Report on the Nagpur School of Medicine, Central Provinces
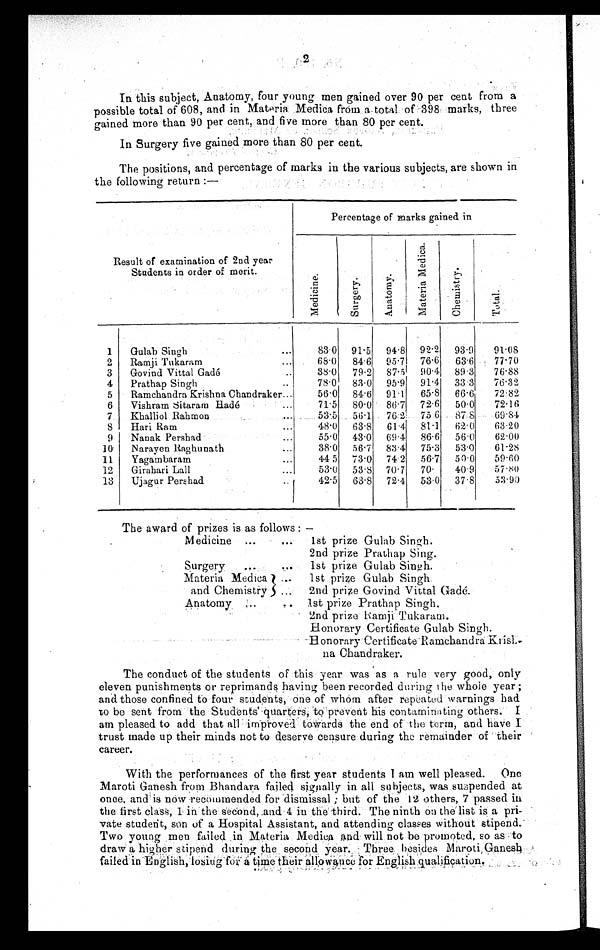
2
In this subject, Anatomy, four y o u n g me n g a i n e d o v e r 9 0 p e r c e n t f r o m a
possible total of 608, and in Materia Medica from a total of 398 marks, three
gained more than 90 per cent, and five more than 80 per cent.
In Surgery five gained more than 80 per cent.
The positions, and percentage of marks in the various subjects, are shown in
the following return :—
Result of examination of 2nd year
Students in order of merit.
Percentage of marks gained in
Me d i c i n e
Sur ger y
Anat omy
Ma t e r i a Me d i c a .
Ch e mi s t r y .
Total.
1
Gulab Singh
. . .
83.0 91 . 5
94 . 8
92 . 2
93.9
91.08
2
Ramji Tukaram
...
68.0
84. 6
95 . 7
76 . 6
63. 6 . 77.70
3
Govind Vittal Gadé
..
3 8 . 0 79 . 2
87.5
90.4
89.3
76.88
4
Prathap Singh
..
78.0
83.0
95 . 9
91 . 4
33 . 3
76.32
5
Ramchandra Krishna Chandraker...
56.0
84 . 6
91 . 1
65 . 8
6 6 . 6
72.82
6
Vishram Sitararn Hadé
...
71.5
80 . 0
86.7
7 2 . 6
5 0 . 0
7 2 . 1 6
7.
Khalliol Rahmon
...
53.5
56.1
7 0 . 2 75 .6
8 7 . 8
69.84
8
Hari Ram
...
480
63.8
61 .4
81 . 1
62 . 0
63..20
9
Nanak Pershad
...
55.0
43 . 0
69.4 86 . 6
56 . 0
62.00
10
Narayen Raghunath
...
38.0
56 . 7 1 83 . 4
75 . 3
53 . 0
61.28
11
Yagambaram
...
44.5
73 . 0 74.2
56 . 7
50 . 0
59.60
12 Girahari Lall
...
53.0
53 . 8 70. 7
70 .7
40.9
57.80
13
Ujagur Pershad
..
42.5
63 . 8
72.4
5.30 37 . 8
53.90
The award of prizes is as follows :
Medicine
.
Surgery
...
Materia Medica ...
and Chemistry
Anatomy ...
, .
...
.
1st prize Gulab Singh.
2nd prize Prathap Sing.
1st prize Gulab Singh.
1st prize Gulab Singh.
2nd prize Govind Vittal Gadé.
1st prize Prathap Singh.
2nd prize Ramji Tukaram.
Honoray Certicate
Gulab Singh.Honoray Certicate Ramchandra kri
hna Chandraker.
The conduct of the students of this year was as a rule very good, only
eleven punishments or reprimands having been recorded during the whole year ;
and those confined to four students, one of whom after repeated warnings had
to be sent from the Students quarters, to prevent his contaminating others. I
am pleased to add that all improved towards the end of the term, and have I
trust made up their minds not to deserve censure during the remainder of their
career.
With the performances of the first year students I am well pleased. One
Maroti Ganesh from Bhandara failed signally in all subjects, was suspended at
once, and is now recommended for dismissal ; but of the 12 others, 7 passed in
the first class, 1 in the second, and 4 in the third. The ninth on the list, is a pri-
vate student, son of a Hospital Assistant, and attending classes without stipend.
Two young men failed in Materia, Medica and will not be promoted, so as to
draw a higher stipend during the second year. Three besides Maroti , Ganesh
failed in English, losing for a time their allowance for English qualification.